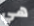
هي